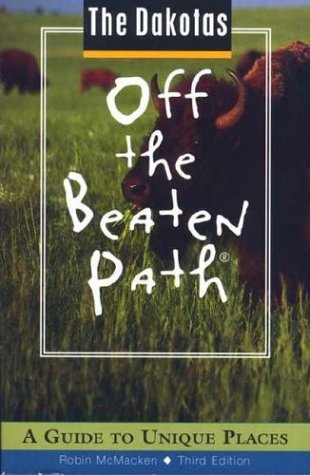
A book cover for Dakotas Off the Beaten Path 3rd Edition; Robin McMacken; Travel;